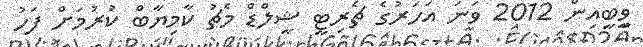
ވީބީއިން 2012 ވަނަ އަހަރުގެ ޗެރިޓީ ޝީލްޑް މެޗު ކާމިޔާބް ކުރުމަށް ފަހު